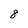
Character: 8